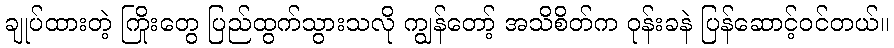
ချုပ်ထားတဲ့ ကြိုးတွေ ပြည်ထွက်သွားသလို ကျွန်တော့် အသိစိတ်က ဝုန်းခနဲ ပြန်ဆောင့်ဝင်တယ်။